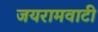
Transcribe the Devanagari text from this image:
जयरामवाटी